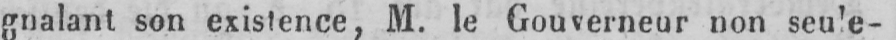
gnalant son existence, M. le Gouverneur non seule-